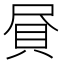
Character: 𧴾